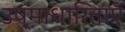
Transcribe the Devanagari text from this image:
उष्माधारिताएँ